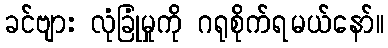
ခင်ဗျား လုံခြုံမှုကို ဂရုစိုက်ရမယ်နော်။